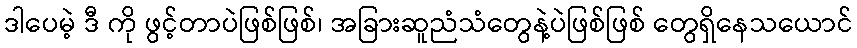
ဒါပေမဲ့ ဒီ ကို ဖွင့်တာပဲဖြစ်ဖြစ်၊ အခြားဆူညံသံတွေနဲ့ပဲဖြစ်ဖြစ် တွေရှိနေသယောင်